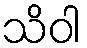
သိဝါ